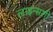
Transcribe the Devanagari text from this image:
लाइन्सशी